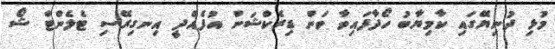
މުޅި ދުނިޔޭގައި ކާމިޔާބު ހޯދާފައިވާ ވަން ޑިރެކްޝަން އުފެއްދީ އިނގިރޭސި ޓެލެންޓް ޝޯ